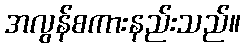
အလွန်စကားနည်းသည်။